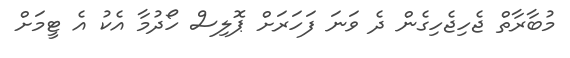
މުބާރާތް ޖެހިޖެހިގެން ދެ ވަނަ ފަހަރަށް ޕޮލިސް ހޯދުމާ އެކު އެ ޓީމަށް